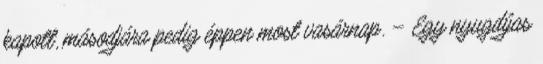
kapott, másodjára pedig éppen most vasárnap. – Egy nyugdíjas